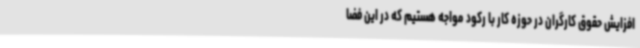
افزایش حقوق کارگران در حوزه کار با رکود مواجه هستیم که در این فضا